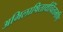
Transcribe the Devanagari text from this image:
अभिलाषितार्थचिंतामणि